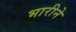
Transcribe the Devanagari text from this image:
भारीने